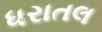
ધરાતલ